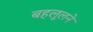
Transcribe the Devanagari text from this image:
बहलूलने